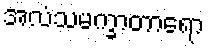
အလံသမက္ခာတာရော